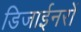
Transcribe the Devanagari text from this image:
डिजाईनरों